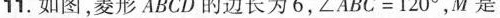
11.如图，菱形ABCD的边长为6，\angle ABC=120^{\circ}，M是